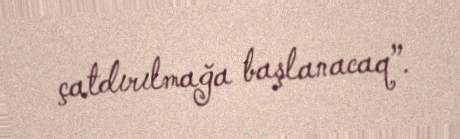
çatdırılmağa başlanacaq”.